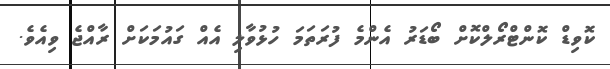
ކޮވިޑް ކޮންޓްރޯލްކޮށް ބޯޑަރު އެންމެ ފުރަތަމަ ހުޅުވާލި އެއް ގައުމަކަށް ރާއްޖެ ވިއެވެ.